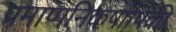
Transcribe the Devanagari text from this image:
प्रमाणनिकषांपिकी